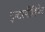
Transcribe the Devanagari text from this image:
इन्टरमीडियेट